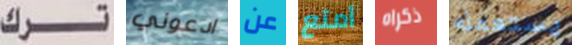
ترك ادعوني عن أمتع ذكراه يستعمله